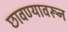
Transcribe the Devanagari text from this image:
छावण्यावरून